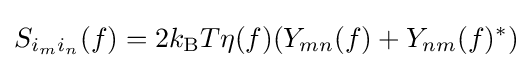
S_{i_{m}i_{n}}(f)=2k_{\text{B}}T\eta (f)(Y_{mn}(f)+Y_{nm}(f)^{*})